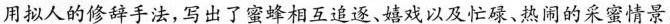
用拟人的修辞手法,写出了蜜蜂相互迎逐、嬉戏以及忙碌、热闹的采蜜情景，